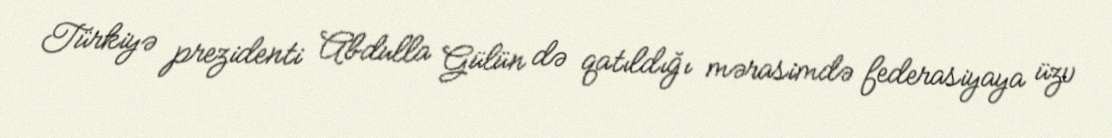
Türkiyə prezidenti Abdulla Gülün də qatıldığı mərasimdə federasiyaya üzv